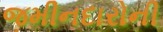
જમીનદારોની